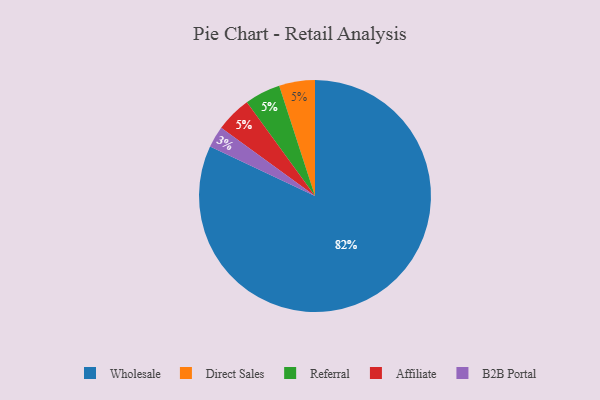
{"axis": {"x": "Category", "y": "Percentage"}, "legend": ["Affiliate", "B2B Portal", "Direct Sales", "Referral", "Wholesale"], "data": [{"x": "Wholesale", "y": 82, "type": "Wholesale"}, {"x": "Direct Sales", "y": 5, "type": "Direct Sales"}, {"x": "B2B Portal", "y": 3, "type": "B2B Portal"}, {"x": "Referral", "y": 5, "type": "Referral"}, {"x": "Affiliate", "y": 5, "type": "Affiliate"}]}